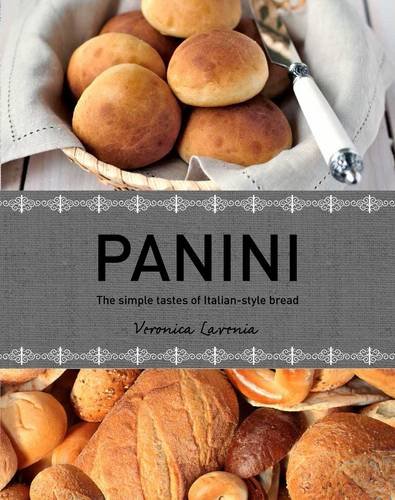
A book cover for Panini: The Simple Tastes of Italian Style Bread; Veronica Lavenia; Cookbooks, Food & Wine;